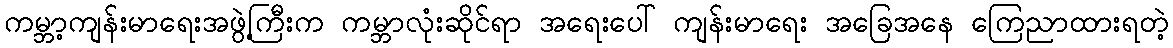
ကမ္ဘာ့ကျန်းမာရေးအဖွဲ့ကြီးက ကမ္ဘာလုံးဆိုင်ရာ အရေးပေါ် ကျန်းမာရေး အခြေအနေ ကြေညာထားရတဲ့